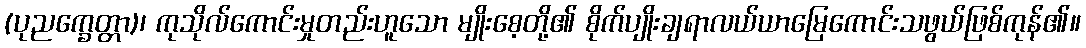
(ပုညက္ခေတ္တာ)၊ ကုသိုလ်ကောင်းမှုတည်းဟူသော မျိုးစေ့တို့၏ စိုက်ပျိုးချရာလယ်ယာမြေကောင်းသဖွယ်ဖြစ်ကုန်၏။